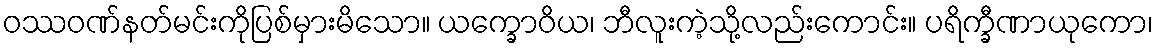
ဝဿဝဏ်နတ်မင်းကိုပြစ်မှားမိသော။ ယက္ခောဝိယ၊ ဘီလူးကဲ့သို့လည်းကောင်း။ ပရိက္ခီဏာယုကော၊